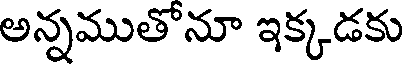
అన్నముతోనూ ఇక్కడకు